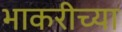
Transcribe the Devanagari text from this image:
भाकरीच्या